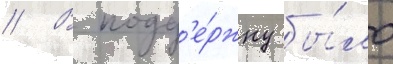
// В подд'е́ржку бы́ло